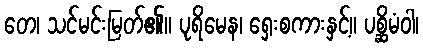
တေ၊ သင်မင်းမြတ်၏။ ပုရိမေန၊ ရှေးစကားနှင့်။ ပစ္ဆိမံဝါ၊